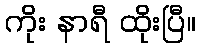
ကိုး နာရီ ထိုးပြီ။